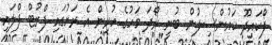
ފޯކައިދޫ ކައުންސިލުން ބުނީ ރޯދަ މަހުގެ ކުރިން އެ ރަށުގައި ފްރުޓް ފްލައި